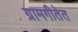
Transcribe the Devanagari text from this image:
ग्रामगीतेत